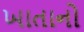
ખાતાનો